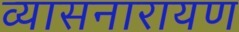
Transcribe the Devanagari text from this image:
व्यासनारायण